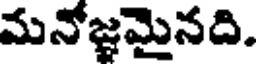
మనోజ్ఞమైనది.